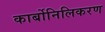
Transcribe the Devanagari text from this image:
कार्बोनिलिकरण